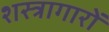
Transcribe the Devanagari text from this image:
शस्त्रागारों